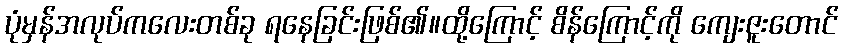
ပုံမှန်အလုပ်ကလေးတစ်ခု ရနေခြင်းဖြစ်၏။ထို့ကြောင့် စိန်ကြောင့်ကို ကျေးဇူးတောင်